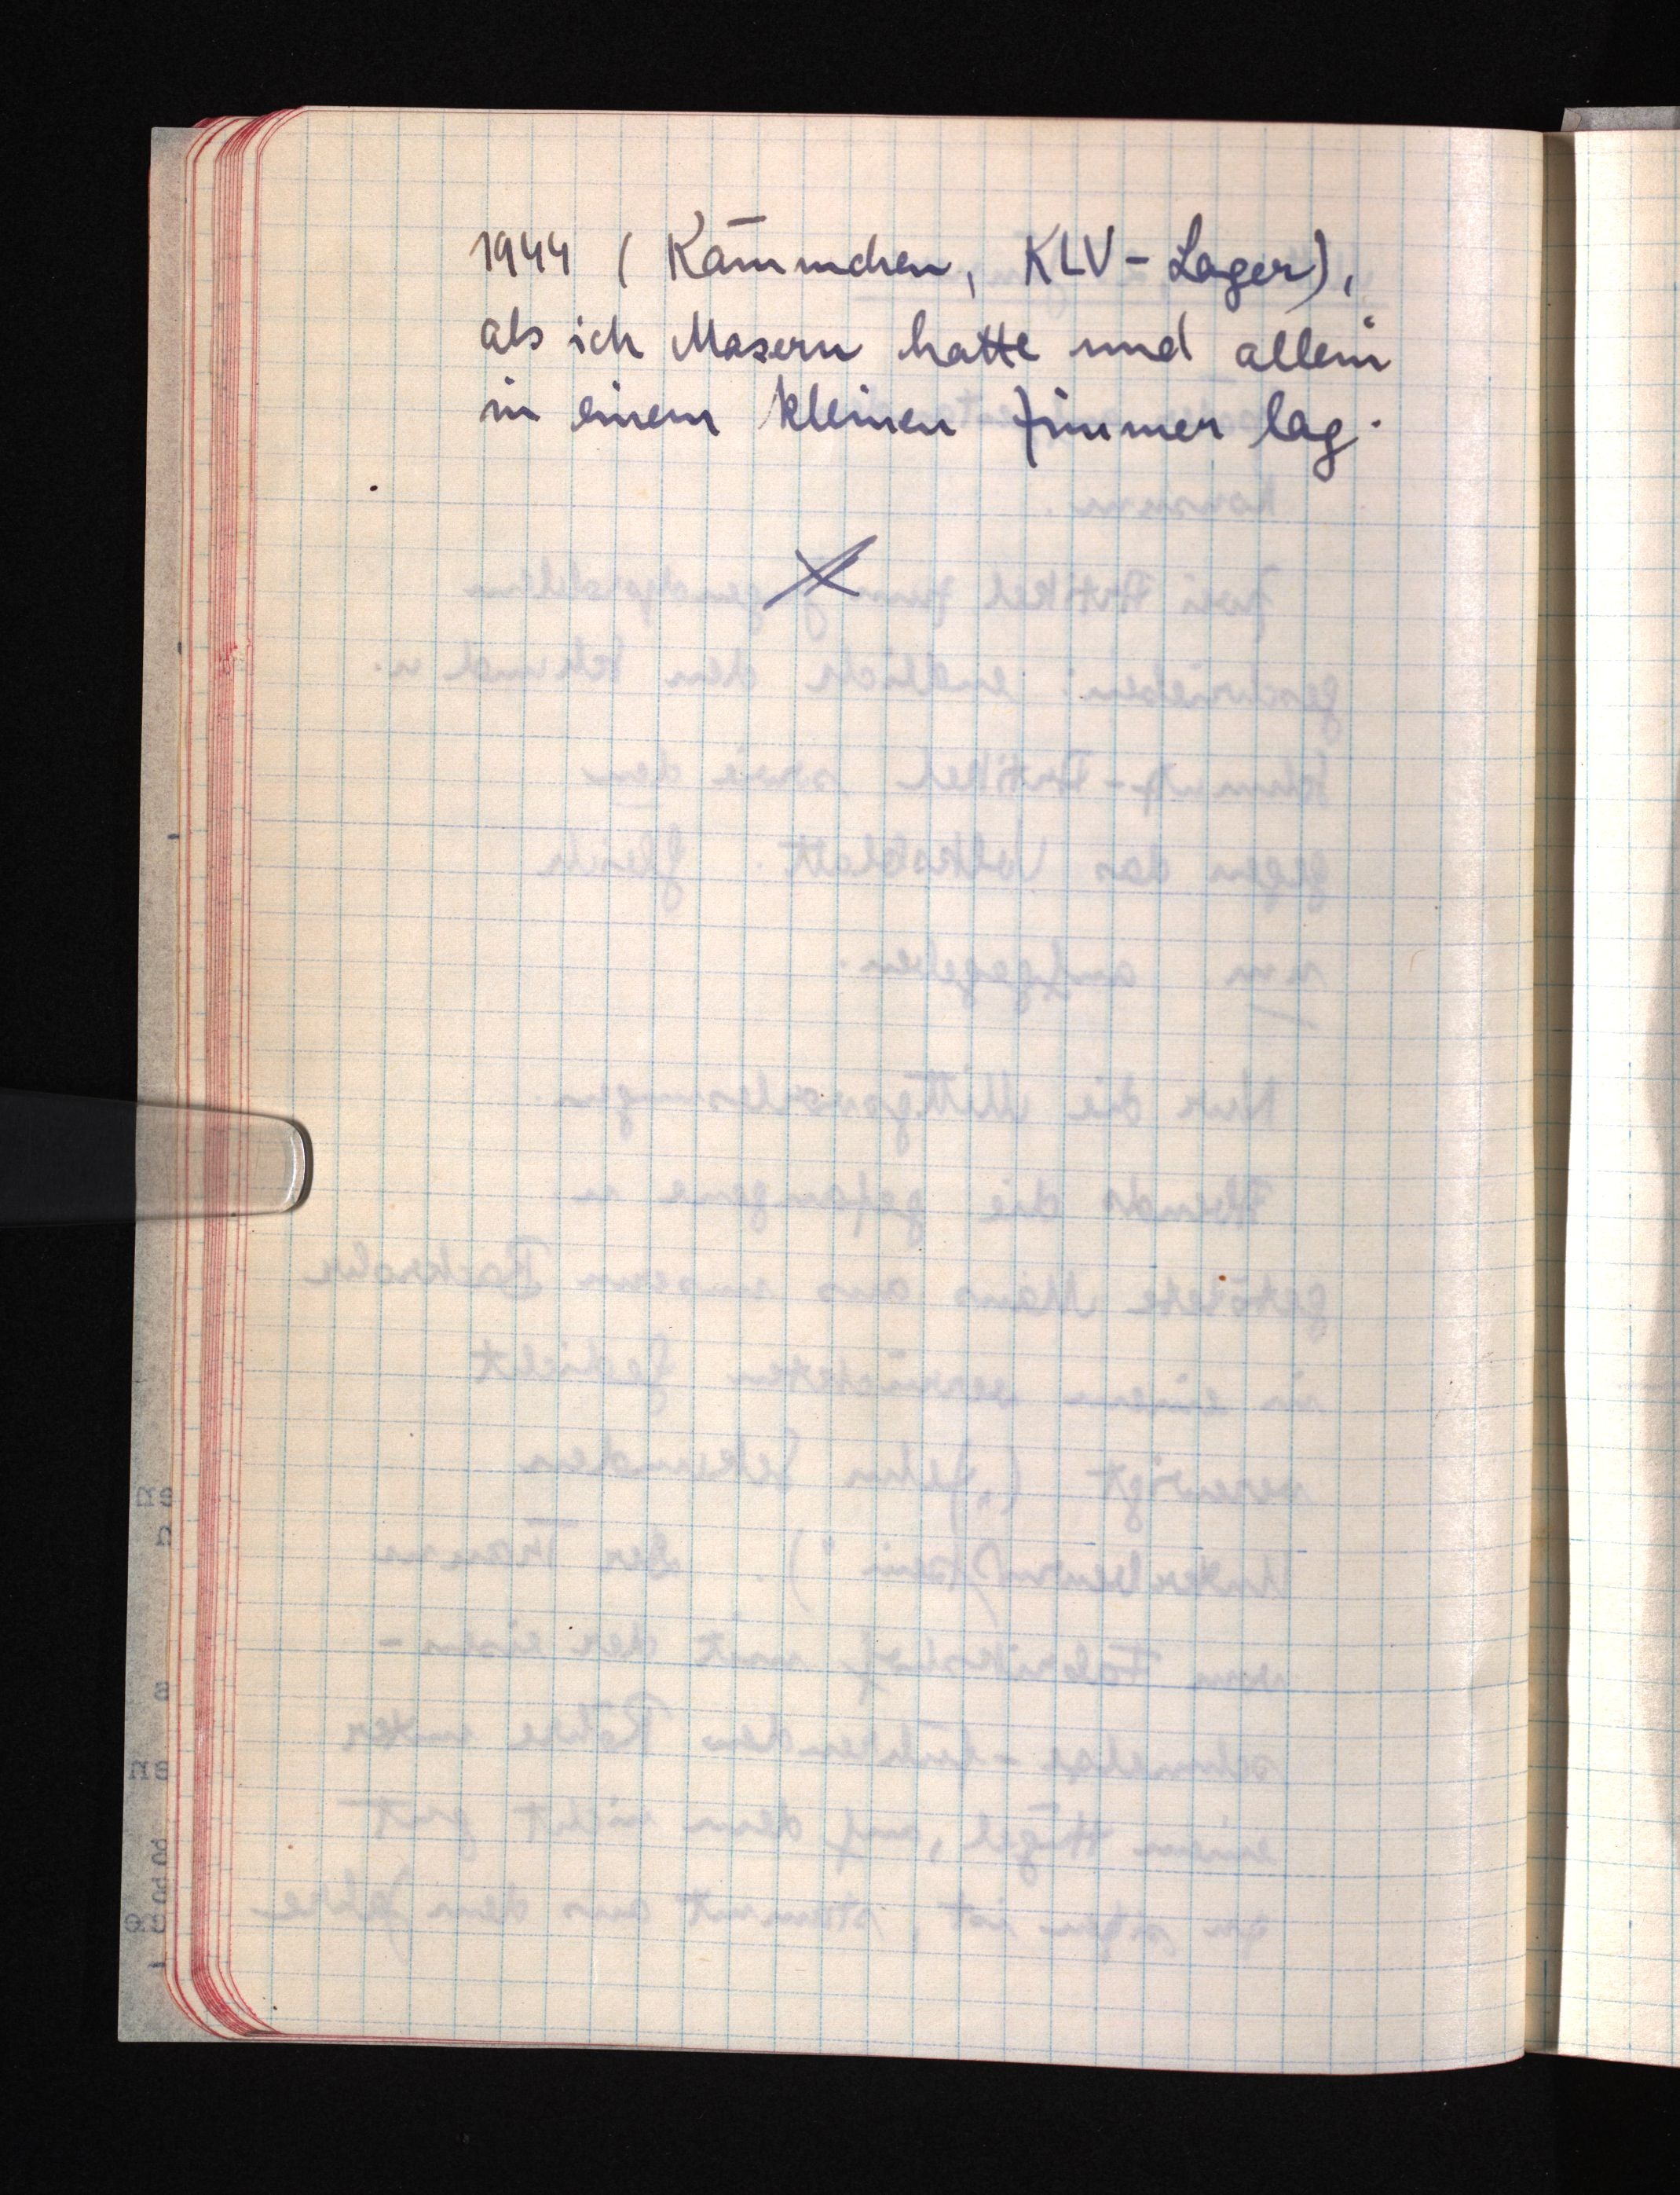
1944 (Kämmchen, KLV-Lager),
als ich Masern hatte und allein
in einem kleinen Zimmer lag.